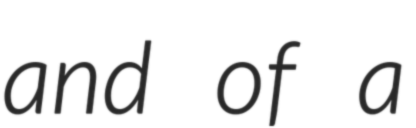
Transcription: and of a